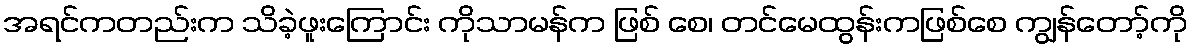
အရင်ကတည်းက သိခဲ့ဖူးကြောင်း ကိုသာမန်က ဖြစ် စေ၊ တင်မေထွန်းကဖြစ်စေ ကျွန်တော့်ကို